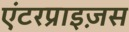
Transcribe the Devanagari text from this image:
एंटरप्राइज़स